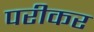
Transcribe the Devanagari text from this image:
परीकर